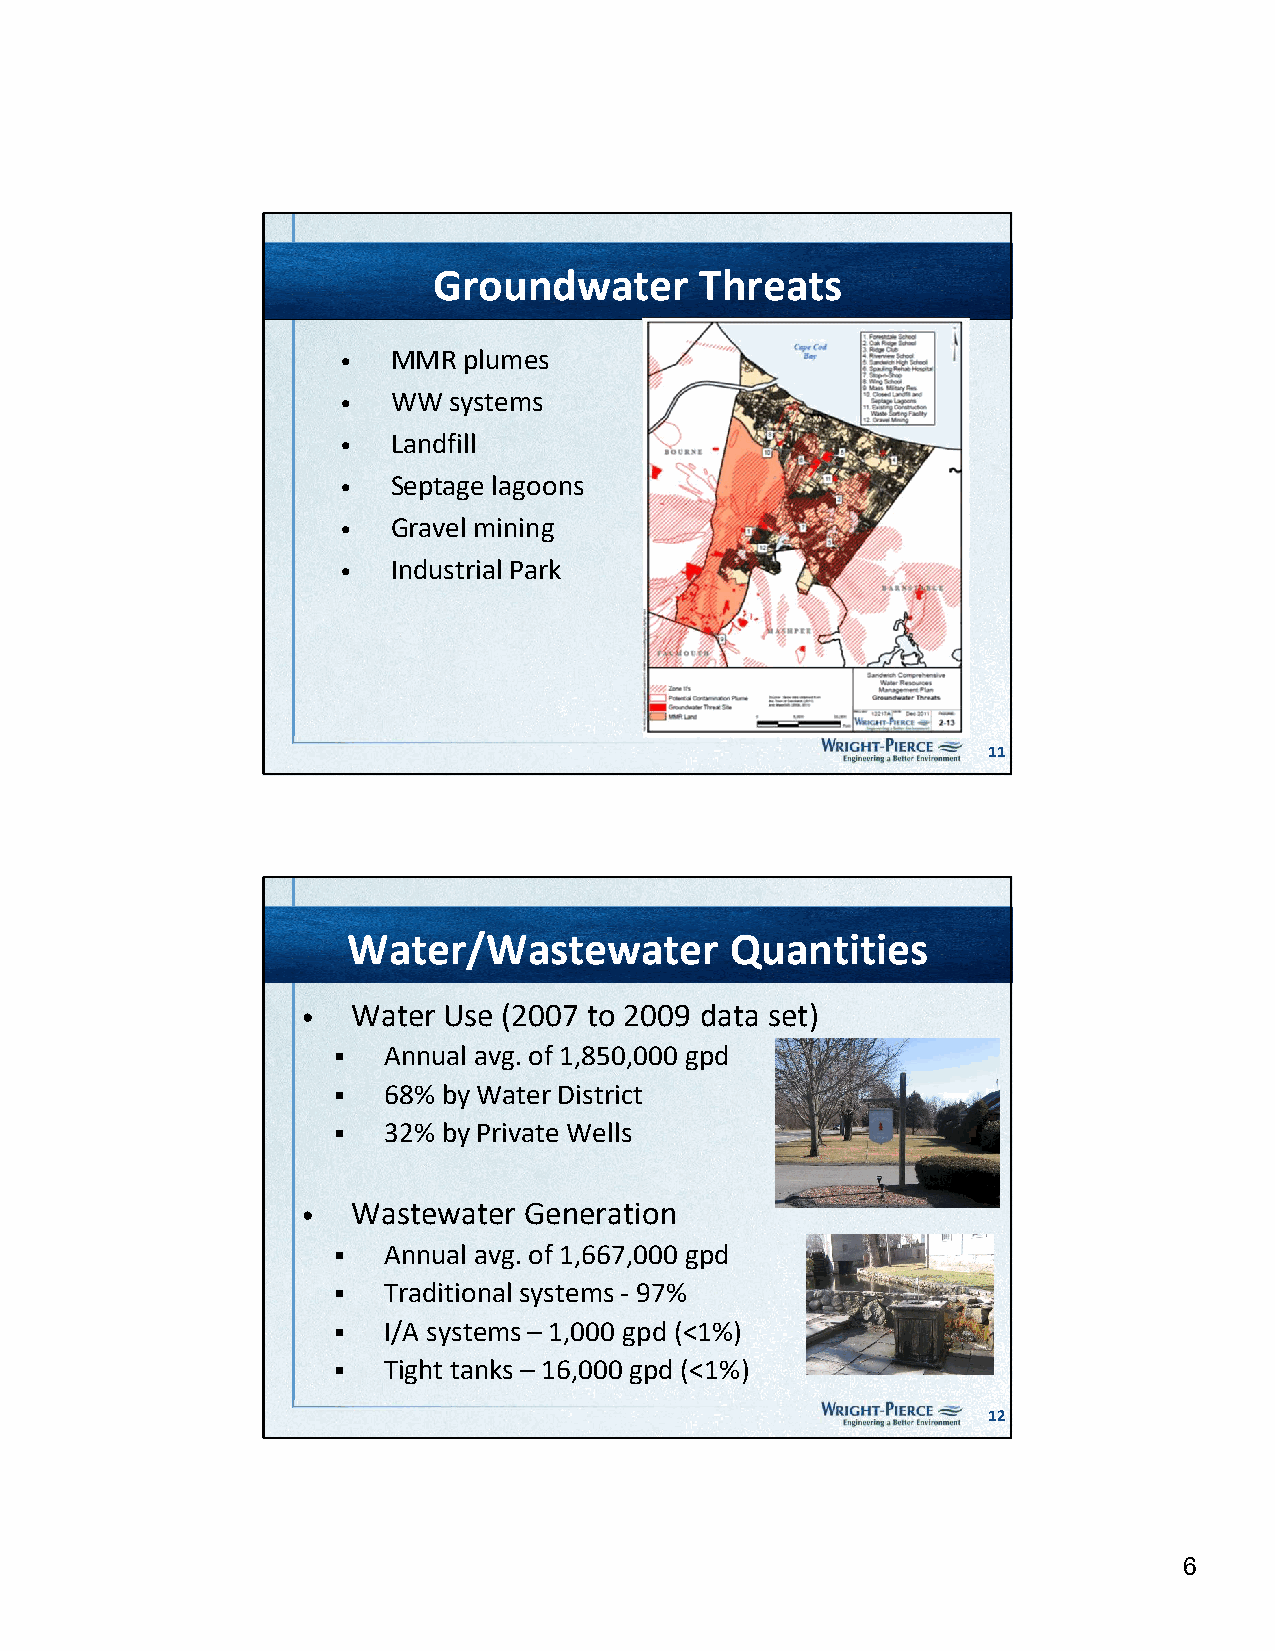
Groundwater      Threats
 •  MMR  plumes
 •  WW  systems
 •  Landfill
 •  Septage lagoons
 •  Gravel mining
 •  Industrial Park
 11
 Water/Wastewater         Quantities
 •  Water Use (2007 to 2009 data set)
   Annual avg. of 1,850,000 gpd
   68% by Water District
   32% by Private Wells
 •  Wastewater  Generation
   Annual avg. of 1,667,000 gpd
   Traditional systems - 97%
   I/A systems – 1,000 gpd (<1%)
   Tight tanks – 16,000 gpd (<1%)
 12
 6